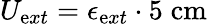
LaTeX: U_{\mathrm{e}xt}=\epsilon_{\mathrm{e}xt}\cdot5\; \mathrm{{cm}}